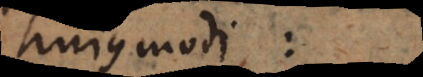
hujusmodi: